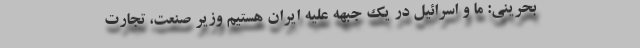
بحرینی: ما و اسرائیل در یک جبهه علیه ایران هستیم وزیر صنعت، تجارت